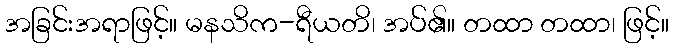
အခြင်းအရာဖြင့်။ မနသိက-ရီယတိ၊ အပ်၏။ တထာ တထာ၊ ဖြင့်။